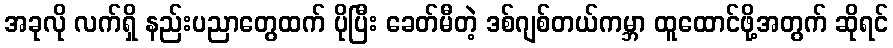
အခုလို လက်ရှိ နည်းပညာတွေထက် ပိုပြီး ခေတ်မီတဲ့ ဒစ်ဂျစ်တယ်ကမ္ဘာ ထူထောင်ဖို့အတွက် ဆိုရင်